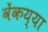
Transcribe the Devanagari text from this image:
वेंकय्या